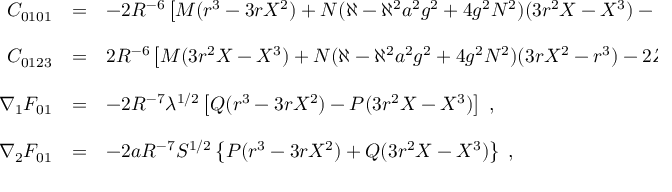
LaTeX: \begin{array} { r c l } { { C _ { 0 1 0 1 } } } & { { = } } & { { - 2 R ^ { - 6 } \left[ M ( r ^ { 3 } - 3 r X ^ { 2 } ) + N ( \aleph - \aleph ^ { 2 } a ^ { 2 } g ^ { 2 } + 4 g ^ { 2 } N ^ { 2 } ) ( 3 r ^ { 2 } X - X ^ { 3 } ) - Z ^ { 2 } ( r ^ { 2 } - X ^ { 2 } ) \right] \; , } } \\ { { } } & { { } } & { { } } \\ { { C _ { 0 1 2 3 } } } & { { = } } & { { 2 R ^ { - 6 } \left[ M ( 3 r ^ { 2 } X - X ^ { 3 } ) + N ( \aleph - \aleph ^ { 2 } a ^ { 2 } g ^ { 2 } + 4 g ^ { 2 } N ^ { 2 } ) ( 3 r X ^ { 2 } - r ^ { 3 } ) - 2 Z ^ { 2 } r X \right] \; , } } \\ { { } } & { { } } & { { } } \\ { { \nabla _ { 1 } F _ { 0 1 } } } & { { = } } & { { - 2 R ^ { - 7 } \lambda ^ { 1 / 2 } \left[ Q ( r ^ { 3 } - 3 r X ^ { 2 } ) - P ( 3 r ^ { 2 } X - X ^ { 3 } ) \right] \; , } } \\ { { } } & { { } } & { { } } \\ { { \nabla _ { 2 } F _ { 0 1 } } } & { { = } } & { { - 2 a R ^ { - 7 } { \cal S } ^ { 1 / 2 } \left\{ P ( r ^ { 3 } - 3 r X ^ { 2 } ) + Q ( 3 r ^ { 2 } X - X ^ { 3 } ) \right\} \; , } } \end{array}